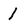
Character: 1